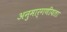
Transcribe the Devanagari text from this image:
अनुमार्गणीयता